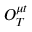
O _ { T } ^ { \mu t }